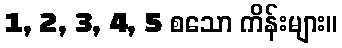
1, 2, 3, 4, 5 စသော ကိန်းများ။